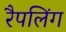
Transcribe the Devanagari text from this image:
रैपलिंग